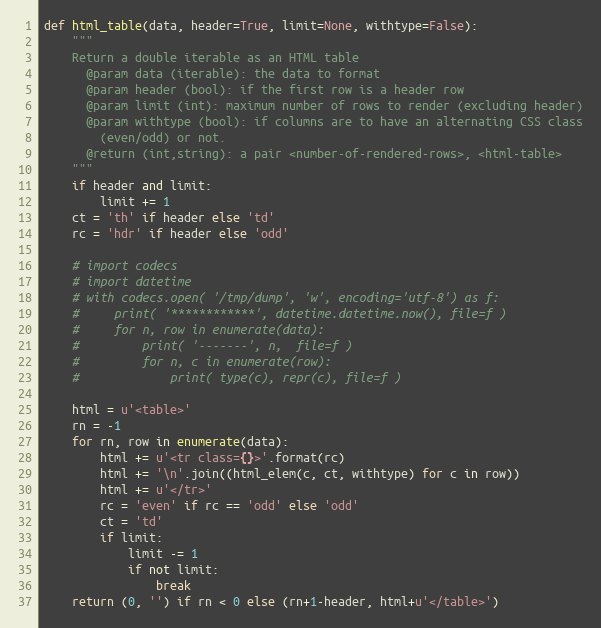
Language: Python
def html_table(data, header=True, limit=None, withtype=False):
    """
    Return a double iterable as an HTML table
      @param data (iterable): the data to format
      @param header (bool): if the first row is a header row
      @param limit (int): maximum number of rows to render (excluding header)
      @param withtype (bool): if columns are to have an alternating CSS class
        (even/odd) or not.
      @return (int,string): a pair <number-of-rendered-rows>, <html-table>
    """
    if header and limit:
        limit += 1
    ct = 'th' if header else 'td'
    rc = 'hdr' if header else 'odd'

    # import codecs
    # import datetime
    # with codecs.open( '/tmp/dump', 'w', encoding='utf-8') as f:
    #     print( '************', datetime.datetime.now(), file=f )
    #     for n, row in enumerate(data):
    #         print( '-------', n,  file=f )
    #         for n, c in enumerate(row):
    #             print( type(c), repr(c), file=f )

    html = u'<table>'
    rn = -1
    for rn, row in enumerate(data):
        html += u'<tr class={}>'.format(rc)
        html += '\n'.join((html_elem(c, ct, withtype) for c in row))
        html += u'</tr>'
        rc = 'even' if rc == 'odd' else 'odd'
        ct = 'td'
        if limit:
            limit -= 1
            if not limit:
                break
    return (0, '') if rn < 0 else (rn+1-header, html+u'</table>')